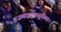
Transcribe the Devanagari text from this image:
व्रजव्याक्रोशसुस्मितः।